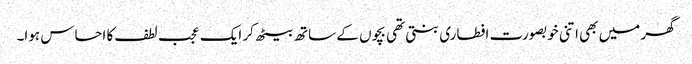
گھر میں بھی اتنی خوبصورت افطاری بنتی تھی بچوں کے ساتھ بیٹھ کر ایک عجب لطف کا احساس ہوا۔